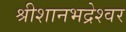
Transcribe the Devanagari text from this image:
श्रीशानभद्रेश्वर